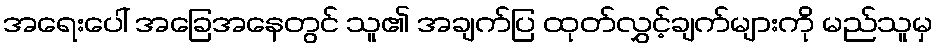
အရေးပေါ် အခြေအနေတွင် သူ၏ အချက်ပြ ထုတ်လွှင့်ချက်များကို မည်သူမှ